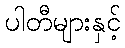
ပါတီများနှင့်